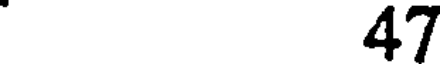
47